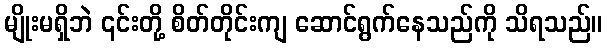
မျိုးမရှိဘဲ ၎င်းတို့ စိတ်တိုင်းကျ ဆောင်ရွက်နေသည်ကို သိရသည်။